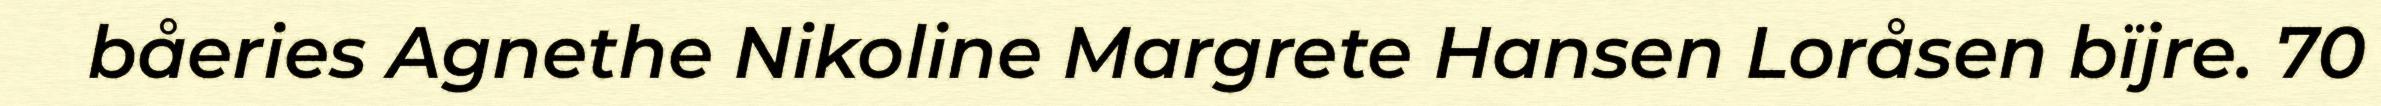
båeries Agnethe Nikoline Margrete Hansen Loråsen bïjre. 70